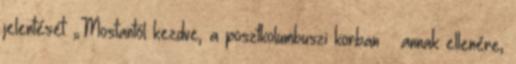
jelentését: „Mostantól kezdve, a posztkolumbuszi korban – annak ellenére,